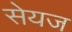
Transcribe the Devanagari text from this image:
सेयज